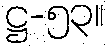
ဋ္ဌ-၅၃။